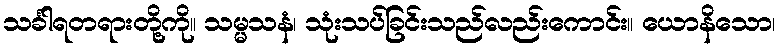
သင်္ခါရတရားတို့ကို။ သမ္မသနံ၊ သုံးသပ်ခြင်းသည်လည်းကောင်း။ ယောနိသော၊